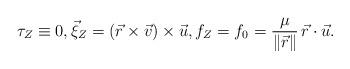
LaTeX: \begin{align*} \tau _Z\equiv0, {\vec \xi}_Z= (\vec r\times \vec v)\times\vec u, f_Z=f_0=\frac{\mu}{\lVert \vec r\rVert}\,\vec r\cdot\vec u.\end{align*}